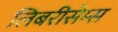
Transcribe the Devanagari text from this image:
लिबरीसेम्स